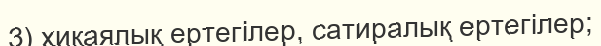
3) хикаялық ертегілер, сатиралық ертегілер;